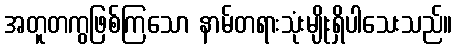
အတူတကွဖြစ်ကြသော နာမ်တရားသုံးမျိုးရှိပါသေးသည်။